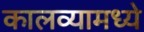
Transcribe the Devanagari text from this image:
कालव्यामध्ये